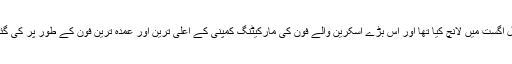
یاد رہے کہ سام سنگ نے گیلیکسی نوٹ 7 کو گزشتہ سال اگست میں لانچ کیا تھا اور اس بڑے اسکرین والے فون کی مارکیٹنگ کمپنی کے اعلٰی ترین اور عمدہ ترین فون کے طور پر کی گئی تھی اور اس کا مقابلہ ایپل کمپنی کے آئی فون سے تھا۔